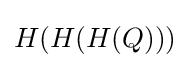
H(H(H(Q)))